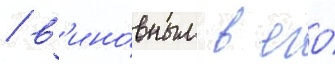
/ в'ино́вным в его́